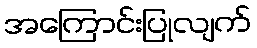
အကြောင်းပြုလျက်